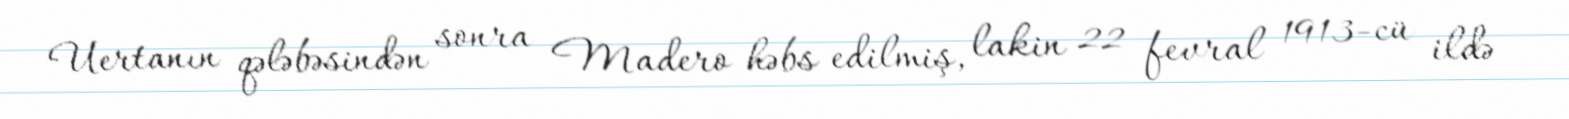
Uertanın qələbəsindən sonra Madero həbs edilmiş, lakin 22 fevral 1913-cü ildə